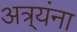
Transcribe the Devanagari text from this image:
अत्र्यंना